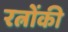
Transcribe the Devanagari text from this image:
रत्नोंकी